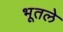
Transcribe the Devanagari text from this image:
भूतले